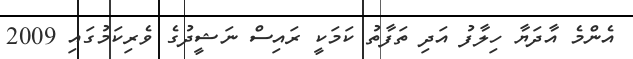
އެންމެ އާދަޔާ ހިލާފު އަދި ތަފާތު ކަމަކީ ރައިސް ނަޝީދުގެ ވެރިކަމުގައި 2009